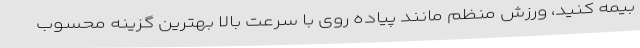
بیمه کنید، ورزش منظم مانند پیاده روی با سرعت بالا بهترین گزینه محسوب